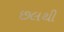
છલથી